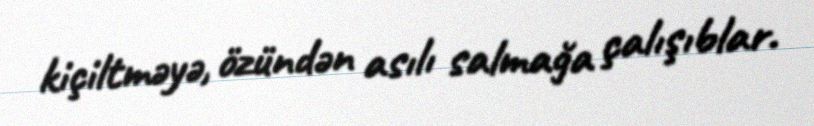
kiçiltməyə, özündən asılı salmağa çalışıblar.